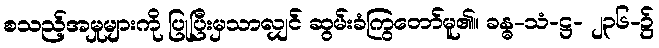
စသည့်အမှုများကို ပြုပြီးမှသာလျှင် ဆွမ်းခံကြွတော်မူ၏။ ခန္ဓ-သံ-ဋ္ဌ- ၂၃၆-၌